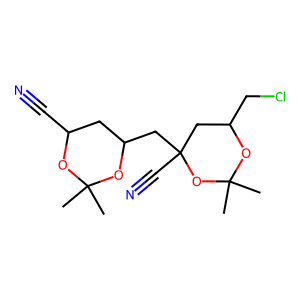
SMILES: CC1(C)OC(C#N)CC(CC2(C#N)CC(CCl)OC(C)(C)O2)O1
Inhibits HIV replication: No